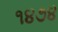
૧૪૭૪